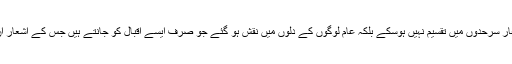
اس طرح برصغیر كے نقادوں میں تو اختلاف نظر آتا ہے لیكن اقبال كے اشعار سرحدوں میں تقسیم نہیں ہوسكے بلكہ عام لوگوں كے دلوں میں نقش ہو گئے جو صرف ایسے اقبال كو جانتے ہیں جس كے اشعار ان كے خون میں گرمی اور سر كو اٹھا كر جینے كی نخوت عطا كرتے ہیں ۔